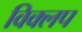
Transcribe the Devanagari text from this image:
विक्लप